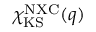
\chi _ { \mathrm { K S } } ^ { \mathrm { N X C } } ( q )